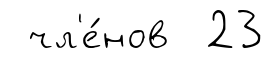
чл'е́нов 23